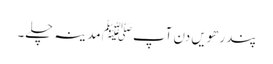
پندرھویں دن آپﷺ مدینہ چلے۔